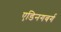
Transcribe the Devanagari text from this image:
एडिनगबर्ग